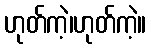
ဟုတ်ကဲ့၊ဟုတ်ကဲ့။